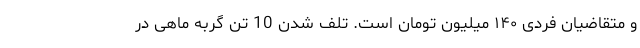
و متقاضیان فردی ۱۴۰ میلیون تومان است. تلف شدن 10 تُن گربه ماهی در